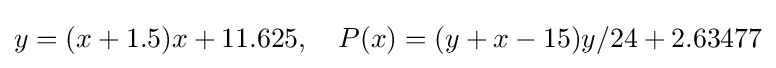
y=(x+1.5)x+11.625,\quad P(x)=(y+x-15)y/24+2.63477